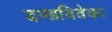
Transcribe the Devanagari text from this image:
दण्डविवेकः